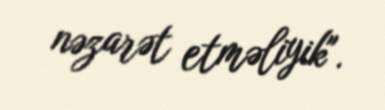
nəzarət etməliyik".